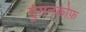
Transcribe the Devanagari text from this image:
गुमनकोफ़